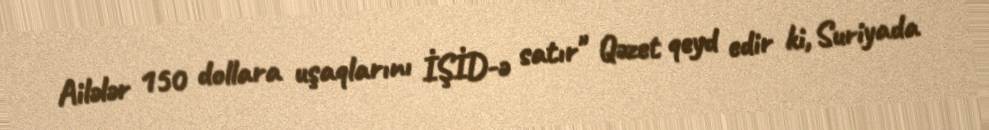
Ailələr 150 dollara uşaqlarını İŞİD-ə satır" Qəzet qeyd edir ki, Suriyada